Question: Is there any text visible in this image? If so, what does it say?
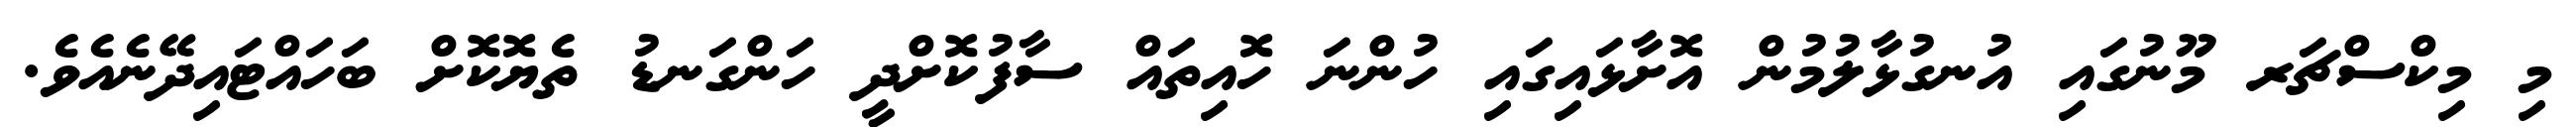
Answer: މި މިކްސްޗަރ މޫނުގައި އުނގުޅާލުމުން އޮށާޅައިގައި ހުންނަ ހޮއިތައް ސާފުކޮށްދީ ހަންގަނޑު ތެޔޮކޮށް ބަހައްޓައިދޭނެއެވެ.